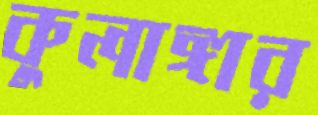
কুলাঙ্গার